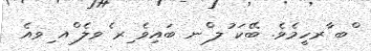
ްބ ާރހީމެވެ. ބޭކަ ުލ ްނ ބައިވެ ިރ ެވލެ ްއ ިވއެ